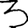
Digit: 3